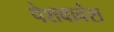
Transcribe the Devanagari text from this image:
पेशवावंश